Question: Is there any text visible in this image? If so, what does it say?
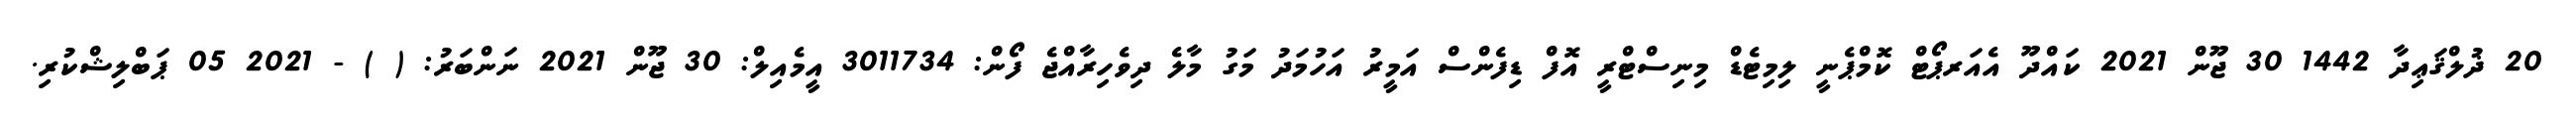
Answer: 20 ޛުލްޤަޢިދާ 1442 30 ޖޫން 2021 ކައްދޫ އެއަރޕޯޓް ކޮމްޕެނީ ލިމިޓެޑް މިނިސްޓްރީ އޮފް ޑިފެންސް އަމީރު އަހުމަދު މަގު މާލެ ދިވެހިރާއްޖެ ފޯން: 3011734 އީމެއިލް: 30 ޖޫން 2021 ނަންބަރު: ( ) - 2021 05 ޕަބްލިޝްކުރި.